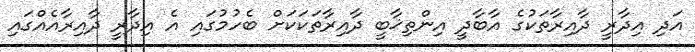
އަދި އިދާރީ ދާއިރާތަކުގެ އާބާދީ އިންތިޚާބީ ދާއިރާތަކަކަށް ބެހުމުގައި އެ އިދާރީ ދާއިރާއެއްގައި